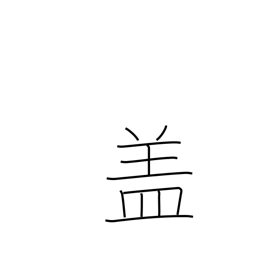
Meaning: lid